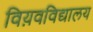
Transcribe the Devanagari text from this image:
विय़वविद्यालय